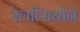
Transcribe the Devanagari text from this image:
रेलत्सियोने